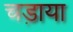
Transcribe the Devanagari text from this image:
चड़ाया